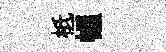
柢幄